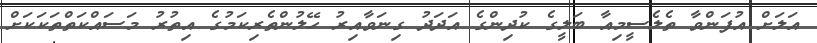
އަލަށް އުފަންވާ ތެލެސީމިއާ ބަލީގެ ކުދިންގެ އަދަދު ގިނަވާއިރު ހޭލުންތެރިކަމުގެ އިތުރު މަސައްކަތްތަކަކަށް